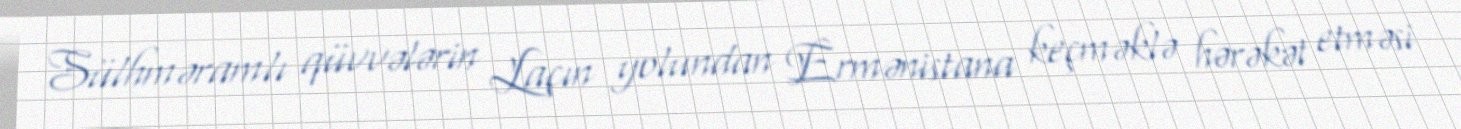
Sülhməramlı qüvvələrin Laçın yolundan Ermənistana keçməklə hərəkət etməsi